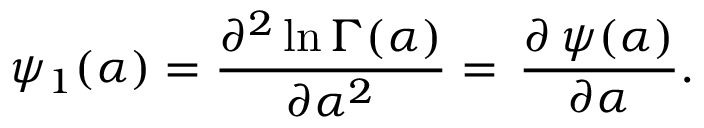
\psi _ { 1 } ( \alpha ) = { \frac { \partial ^ { 2 } \ln \Gamma ( \alpha ) } { \partial \alpha ^ { 2 } } } = \, { \frac { \partial \, \psi ( \alpha ) } { \partial \alpha } } .